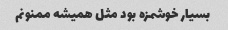
بسیار خوشمزه بود مثل همیشه ممنونم